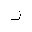
Letter: _zay